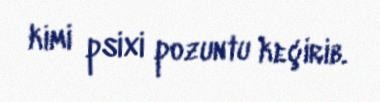
kimi psixi pozuntu keçirib.